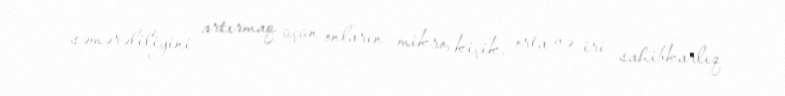
səmərəliliyini artırmaq üçün onların mikro, kiçik, orta və iri sahibkarlıq